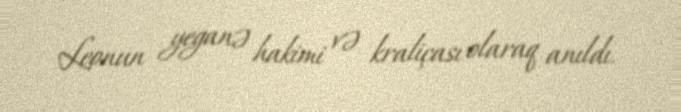
Leonun yeganə hakimi və kraliçası olaraq anıldı.